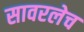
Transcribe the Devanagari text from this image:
सावरलेच